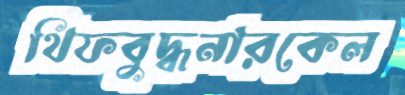
থিফবুদ্ধনারকেল